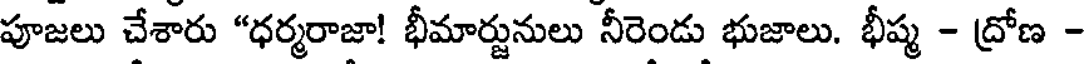
పూజలు చేశారు "ధర్మరాజా! భీమార్జునులు నీరెండు భుజాలు. భీష్మ - ద్రోణ -